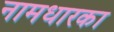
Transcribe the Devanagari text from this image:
नामधारका